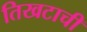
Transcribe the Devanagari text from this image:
तिखटाची